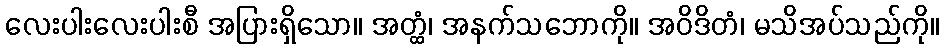
လေးပါးလေးပါးစီ အပြားရှိသော။ အတ္ထံ၊ အနက်သဘောကို။ အဝိဒိတံ၊ မသိအပ်သည်ကို။